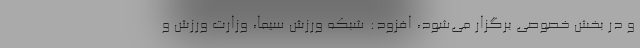
و در بخش خصوصی برگزار می‌شود، افزود: شبکه ورزش سیما، وزارت ورزش و